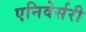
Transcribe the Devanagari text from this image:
एनिवेर्सरी